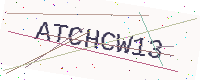
Text: ATCHCW13